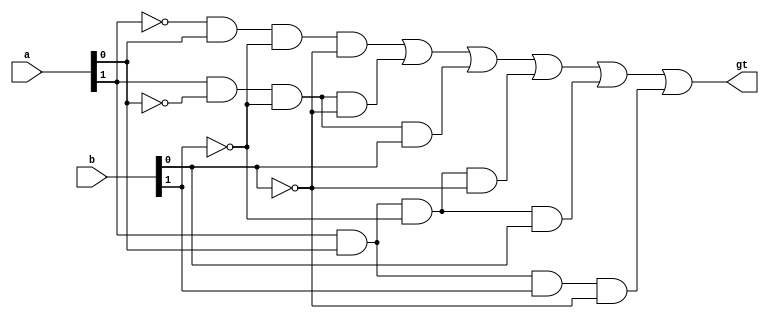
module greater_than_2bit(
	input  wire[1:0] a,b,
	output wire gt
    );
	 
	 //signal declarations for terms in sum-of-product 
	 wire sp1,sp2,sp3,sp4,sp5,sp6;
	 
	 //use table as reference
	 assign sp1= !a[1] & a[0] & !b[1] & !b[0];
	 assign sp2= a[1] & !a[0] & !b[1] & !b[0];
	 assign sp3= a[1] & !a[0] & !b[1] & b[0];
	 assign sp4= a[1] & a[0] & !b[1] & !b[0];
	 assign sp5= a[1] & a[0] & !b[1] & b[0];
	 assign sp6= a[1] & a[0] & b[1] & !b[0];
	 
	 assign gt = sp1 || sp2 || sp3 || sp4 || sp5 || sp6;


endmodule